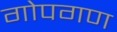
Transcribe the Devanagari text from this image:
गोपगण